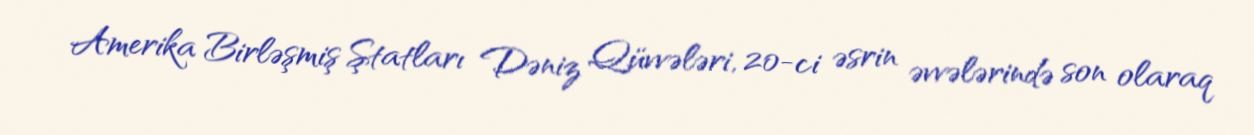
Amerika Birləşmiş Ştatları Dəniz Qüvvələri, 20-ci əsrin əvvələrində son olaraq